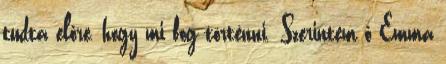
tudta előre, hogy mi fog történni. Szerintem ő Emma